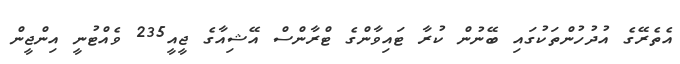
އެތެރޭގެ އުދުހުންތަކުގައި ބޭނުން ކުރާ ޓައިވާންގެ ޓްރާންސް އޭޝިއާގެ ޖީއީ235 ވެއްޓުނީ އިންޖީން